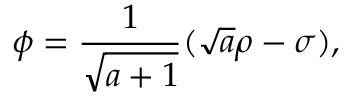
\phi = { \frac { 1 } { \sqrt { a + 1 } } } ( \sqrt { a } \rho - \sigma ) ,